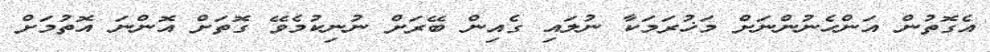
އެގޮތުން އަންހެނުންނަށް މަޚުރަމަކާ ނުލައި ގެއިން ބޭރަށް ނުނިކުމެވޭ ގޮތަށް އޮންނަ އޮތުމަށް